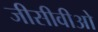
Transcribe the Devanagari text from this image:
जीसीवीओ